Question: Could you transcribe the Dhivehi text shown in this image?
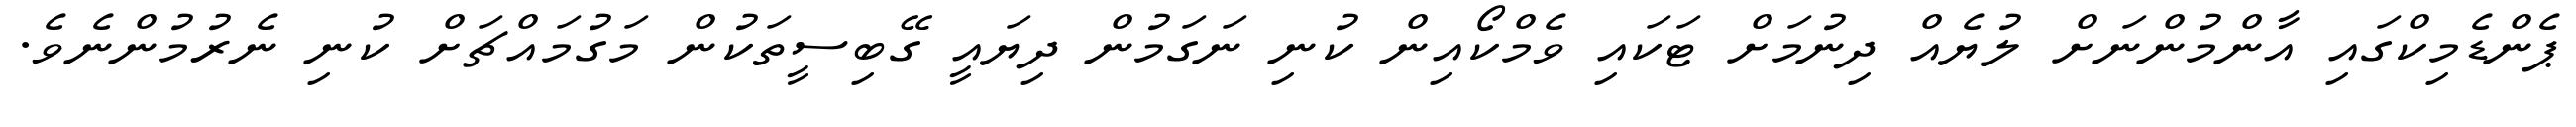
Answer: ޕެންޑެމިކްގައި އާންމުންނަށް ލުޔެއް ދިނުމަށް ޓަކައި ވެމްކޯއިން ކުނި ނަގަމުން ދިޔައީ ގޭބިސީތަކުން މަގުމައްޗަށް ކުނި ނެރުމުންނެވެ.